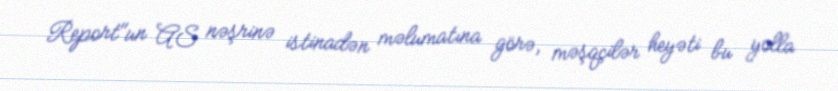
Report"un AS nəşrinə istinadən məlumatına görə, məşqçilər heyəti bu yolla